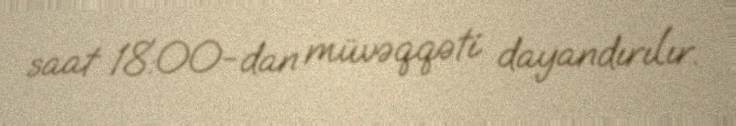
saat 18:00-dan müvəqqəti dayandırılır.